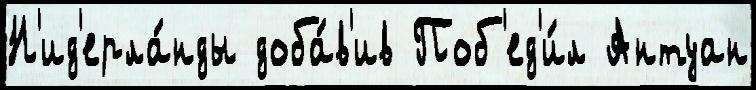
Н'ид'ерла́нды доба́в'ив Поб'ед'и́л Антуан